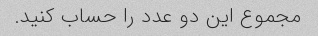
مجموع این دو عدد را حساب کنید.